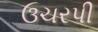
ઉચરપી